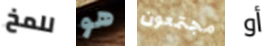
للمخ هو مجتمعون أو